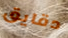
دقايق